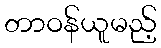
တာဝန်ယူမည့်